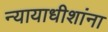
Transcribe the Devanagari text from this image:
न्यायाधीशांना